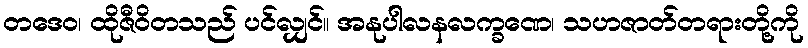
တဒေဝ၊ ထိုဇီဝိတသည် ပင်လျှင်။ အနုပါလနလက္ခဏေ၊ သဟဇာတ်တရားတို့ကို